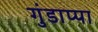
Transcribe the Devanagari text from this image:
गुंडाप्पा